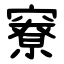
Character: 竂